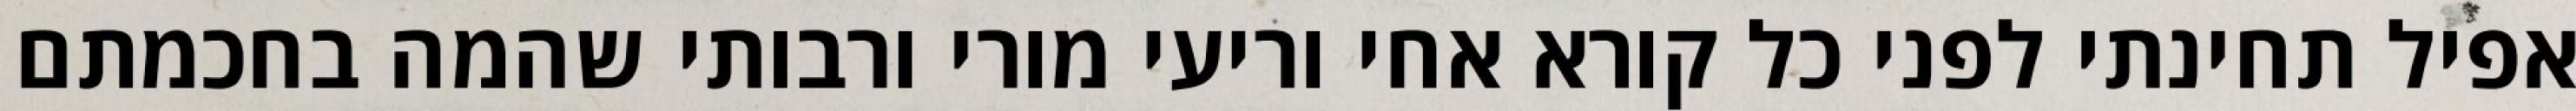
אפיל תחינתי לפני כל קורא אחי וריעי מורי ורבותי שהמה בחכמתם